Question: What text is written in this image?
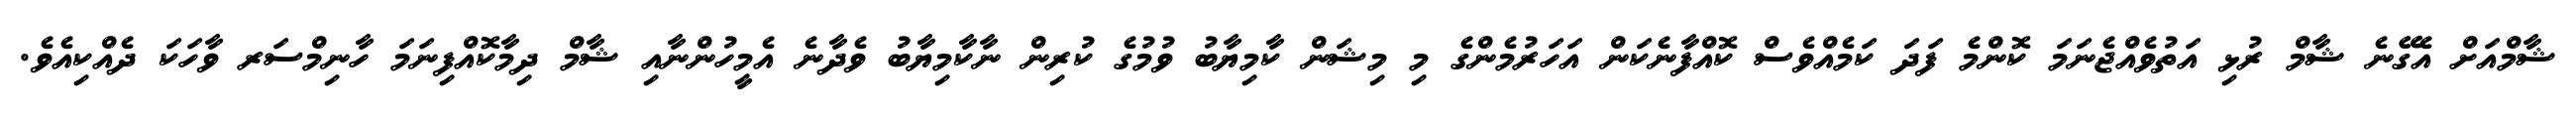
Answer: ޝާމްއަށް އެގޭނެ ޝާމް ރުޅި އަތުވެއްޖެނަމަ ކޮންމެ ފަދަ ކަމެއްވެސް ކޮއްފާނެކަން އަހަރުމެންގެ މި މިޝަން ކާމިޔާބު ވުމުގެ ކުރިން ނާކާމިޔާބު ވެދާނެ އެމީހުންނާއި ޝާމް ދިމާކޮއްފިނަމަ ހާނިމްސަރ ވާހަކަ ދެއްކިއެވެ.